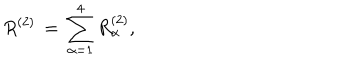
R ^ { ( 2 ) } \, = \, \sum _ { \alpha = 1 } ^ { 4 } R _ { \alpha } ^ { ( 2 ) } ,